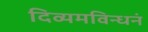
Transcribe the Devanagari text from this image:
दिव्यमविन्धनं